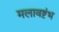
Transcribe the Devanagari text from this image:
मलावष्टंभ